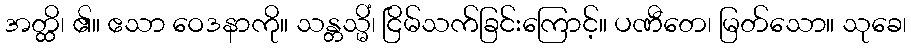
အတ္ထိ၊ ၏။ ဧသာ ဝေဒနာကို။ သန္တသ္မိံ၊ ငြိမ်သက်ခြင်းကြောင့်။ ပဏီတေ၊ မြတ်သော။ သုခေ၊